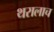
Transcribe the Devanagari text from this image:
थरालाच